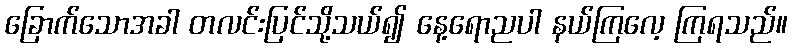
ခြောက်သောအခါ တလင်းပြင်သို့သယ်၍ နေ့ရောညပါ နယ်ကြလေ့ ကြရသည်။